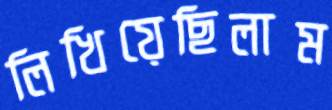
লিখিয়েছিলাম